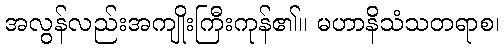
အလွန်လည်းအကျိုးကြီးကုန်၏။ မဟာနိသံသတရာစ၊